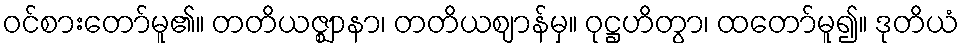
ဝင်စားတော်မူ၏။ တတိယဇ္ဈာနာ၊ တတိယဈာန်မှ။ ဝုဋ္ဌဟိတွာ၊ ထတော်မူ၍။ ဒုတိယံ